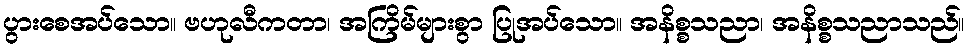
ပွားစေအပ်သော။ ဗဟုလီကတာ၊ အကြိမ်များစွာ ပြုအပ်သော။ အနိစ္စသညာ၊ အနိစ္စသညာသည်။